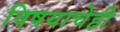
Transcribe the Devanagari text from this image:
विषयाचेही